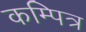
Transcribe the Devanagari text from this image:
कम्पित्र